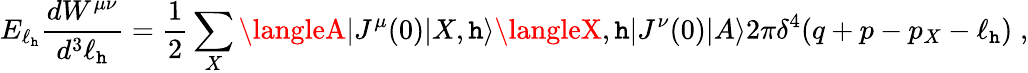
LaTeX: E_{\ell_{\mathtt{h}}}\frac{{dW^{\mu\nu}}}{{d^{3}\ell_{\mathtt{h}}}}=\frac{{1}}{{2}}\sum_{X}\langleA|J^{\mu}(0)|X,\mathtt{h}\rangle\langleX,\mathtt{h}|J^{\nu}(0)|A\rangle2\pi\delta^{4}(q+p-p_{X}-\ell_{\mathtt{h}})\; ,